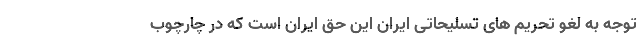
توجه به لغو تحریم های تسلیحاتی ایران این حق ایران است که در چارچوب